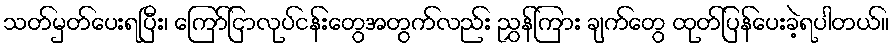
သတ်မှတ်ပေးရပြီး၊ ကြော်ငြာလုပ်ငန်းတွေအတွက်လည်း ညွှန်ကြား ချက်တွေ ထုတ်ပြန်ပေးခဲ့ရပါတယ်။